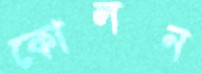
কোলন